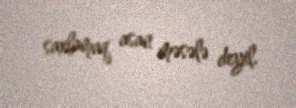
saxlamaq asan məsələ deyil.